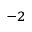
^ { - 2 }